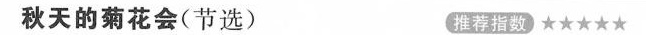
秋天的菊花会(节选) 推荐指数★★★★★